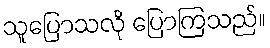
သူပြောသလို ပြောကြသည်။